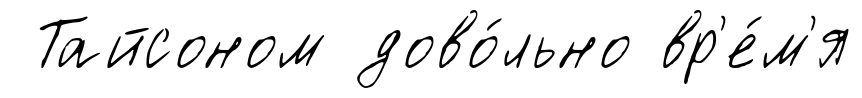
Тайсоном дово́льно вр'е́м'я